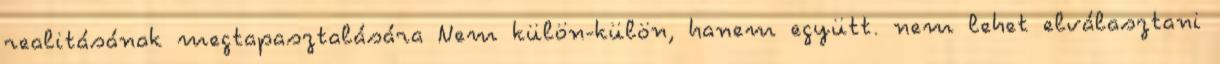
realitásának megtapasztalására Nem külön-külön, hanem együtt. nem lehet elválasztani